Newspaper: New-York tribune. [volume]
Place of publication: New York [N.Y.]
Publisher: New York Tribune
Date: 1890-09-08 00:00:00
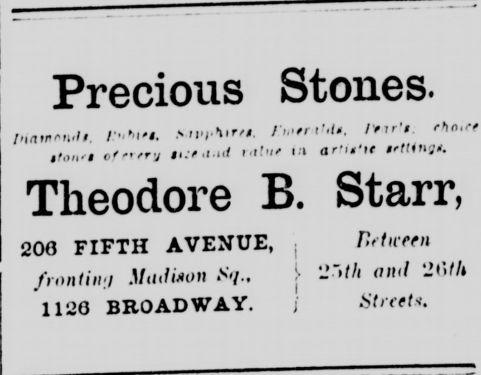
Advertisement text (OCR):
Precious Stones. , ,.,,.,..,1 - r*iamen-l /'? *''<? ralu* .a ai-'n'ir t'lun-t. Theodore B. Starr, 206 FIFTH AVENUE, Bi-.-i-fa fmnlin-i Uailiao* >'/., -"''/' "?'/ '-',w/' 11_!0 BROADWAY. ) Strettu.
Label: text-only